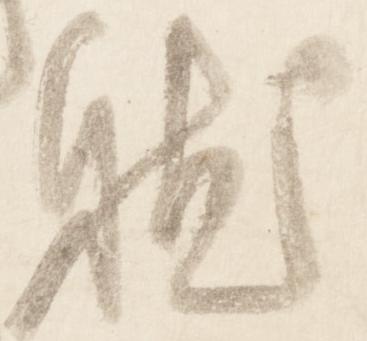
就